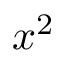
x ^ { 2 }